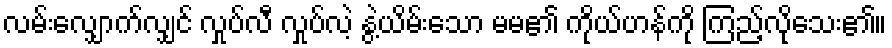
လမ်းလျှောက်လျှင် လှုပ်လီ လှုပ်လဲ့ နွဲ့ယိမ်းသော မမ၏ ကိုယ်ဟန်ကို ကြည့်လိုသေး၏။